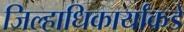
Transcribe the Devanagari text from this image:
जिल्हाधिकार्यांकडे